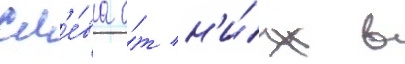
сл'е́ва о́т н'и́х в